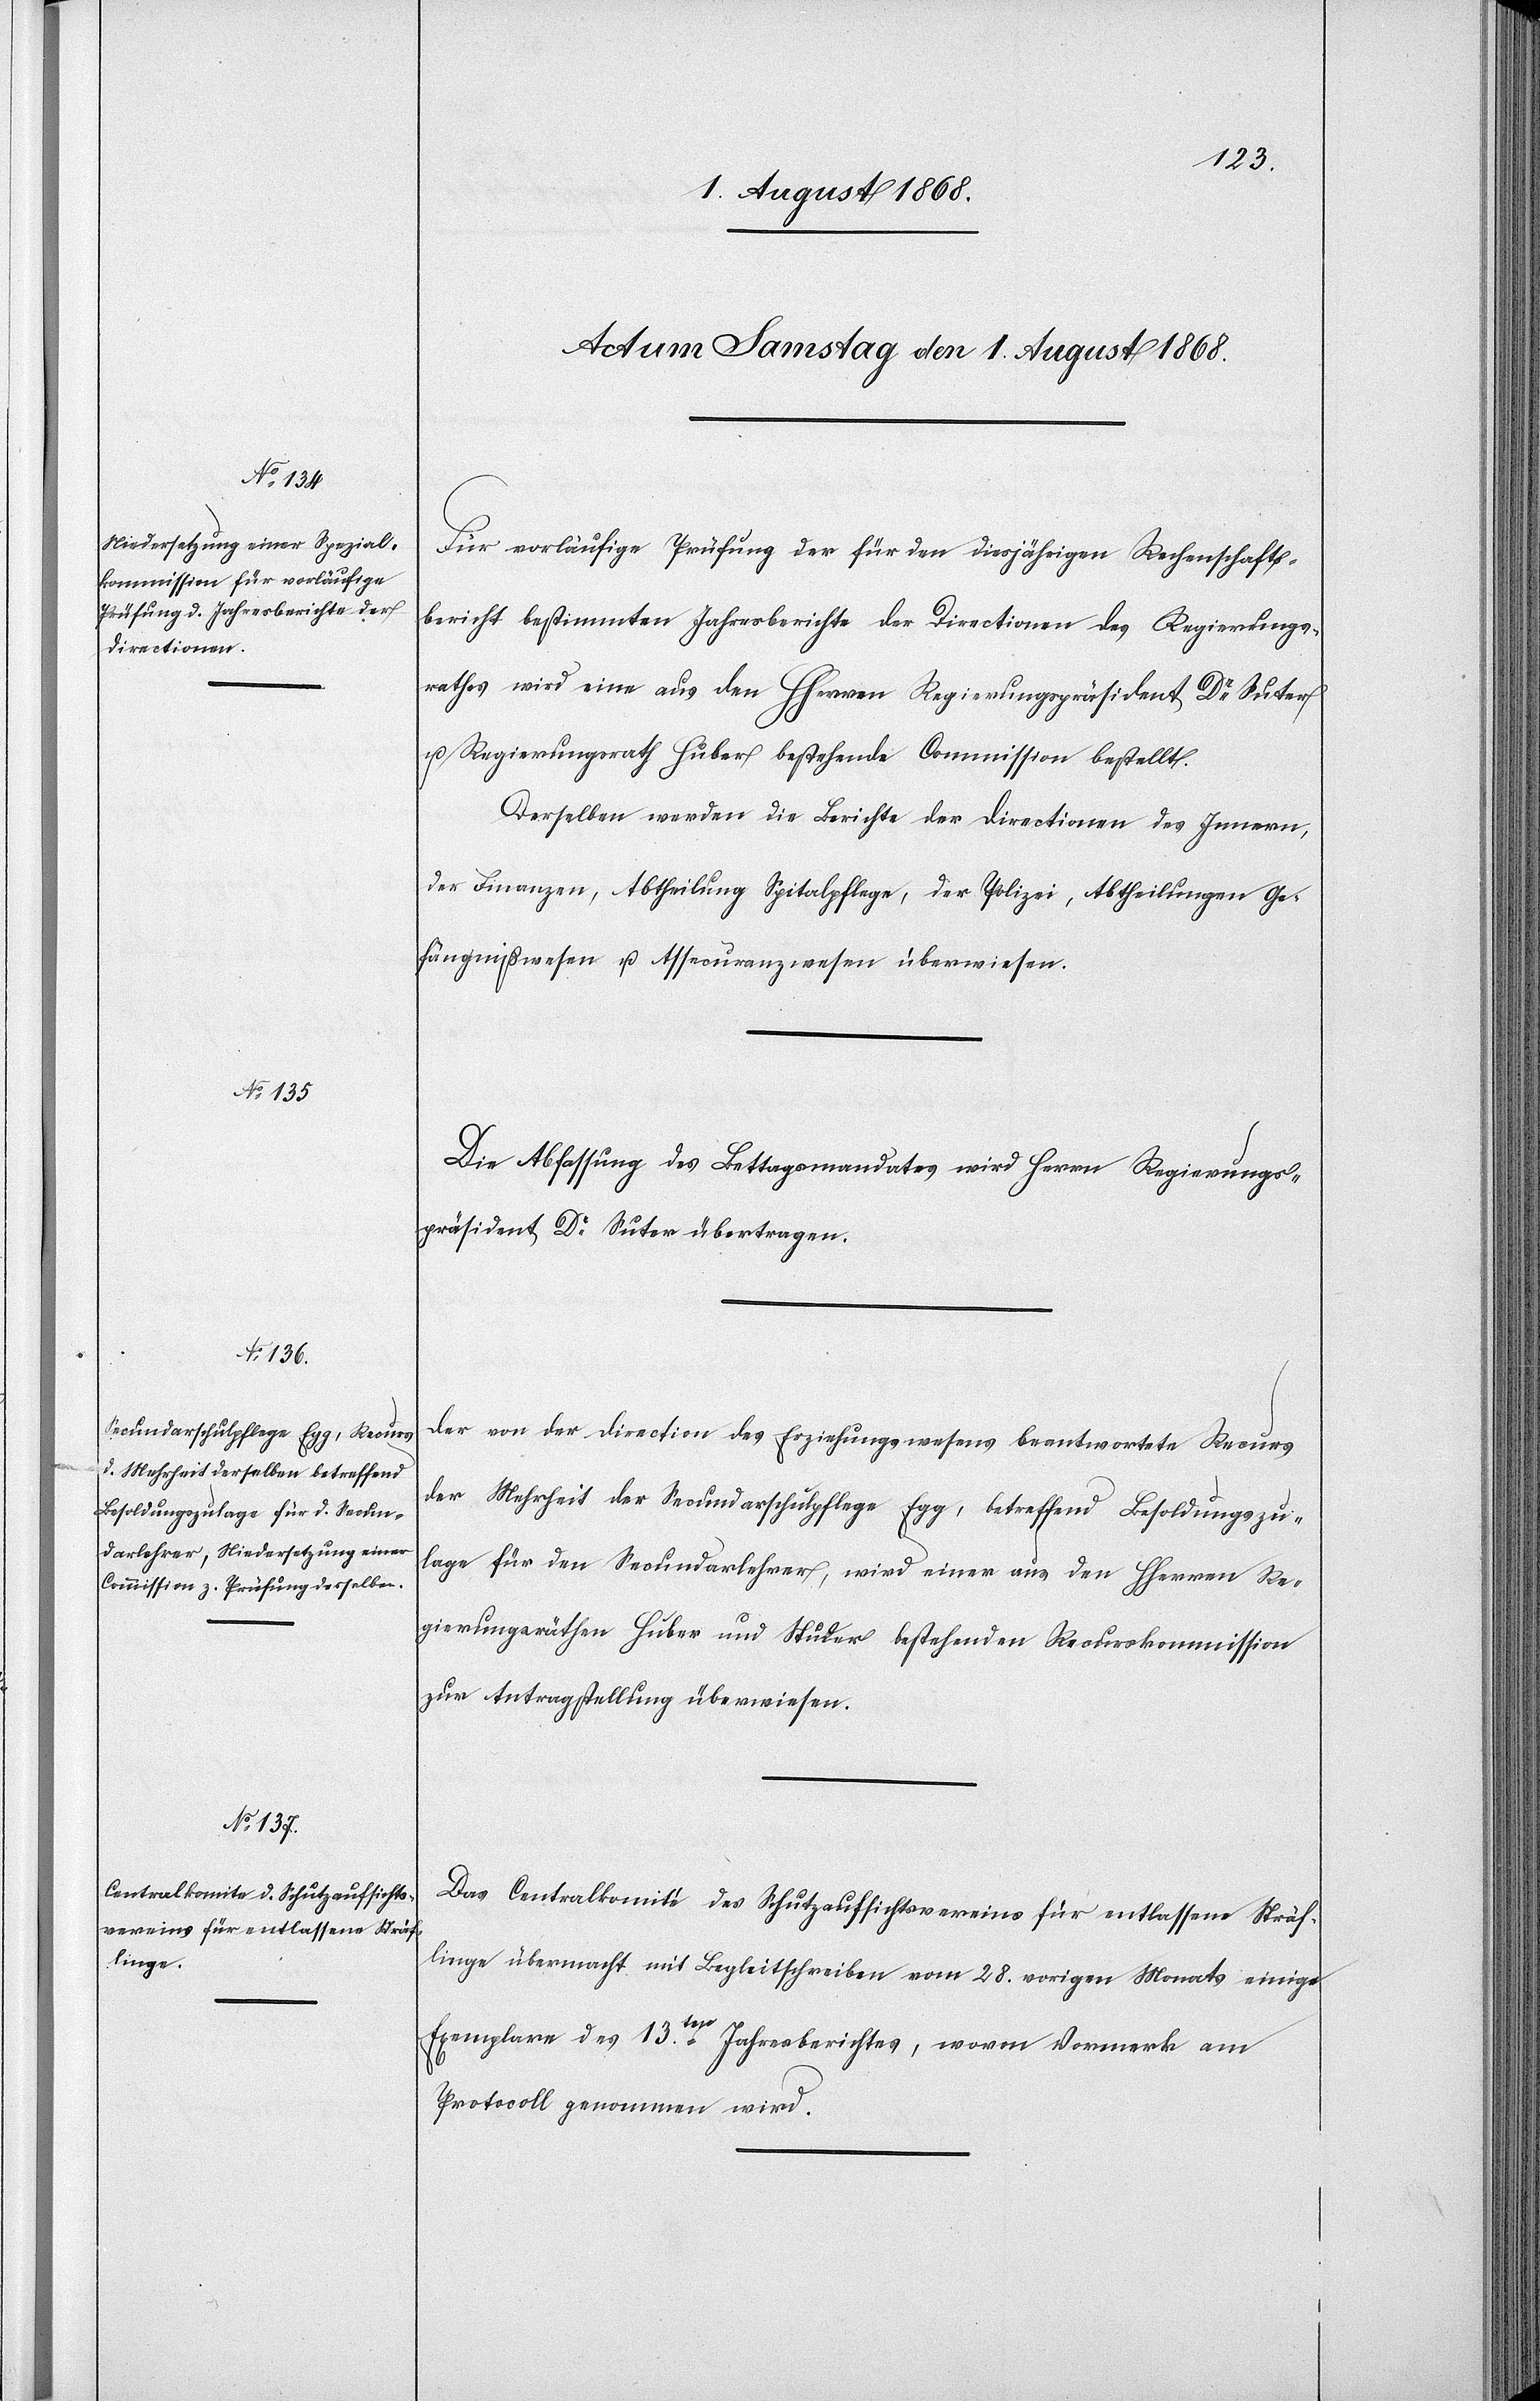
Für vorläufige Prüfung der für den diesjährigen Rechenschafts¬
bericht bestimmten Jahresberichte der Directionen des Regierungs¬
rathes wird eine aus den HHerren Regierungspräsident Dr Suter
u. Regierungsrath Huber bestehende Commission bestellt.
Derselben werden die Berichte der Directionen des Innern,
der Finanzen, Abtheilung Spitalpflege, der Polizei, Abtheilungen Ge¬
fängnißwesen u. Assecuranzwesen überwiesen.
Die Abfassung des Bettagsmandates wird Herrn Regierungs¬
präsident Dr Suter übertragen.
Der von der Direction des Erziehungswesens beantwortete Recurs
der Mehrheit der Secundarschulpflege Egg, betreffend Besoldungszu¬
lage für den Secundarlehrer, wird einer aus den HHerren Re¬
gierungsräthen Huber und Studer bestehenden Recurskommission
zur Antragstellung überwiesen.
Das Centralkomité des Schutzaufsichtsvereins für entlassene Sträf¬
linge übermacht mit Begleitschreiben vom 28. vorigen Monats einige
Exemplare des 13ten. Jahresberichtes, wovon Vormerk am
Protocoll genommen wird.